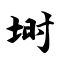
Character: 埘